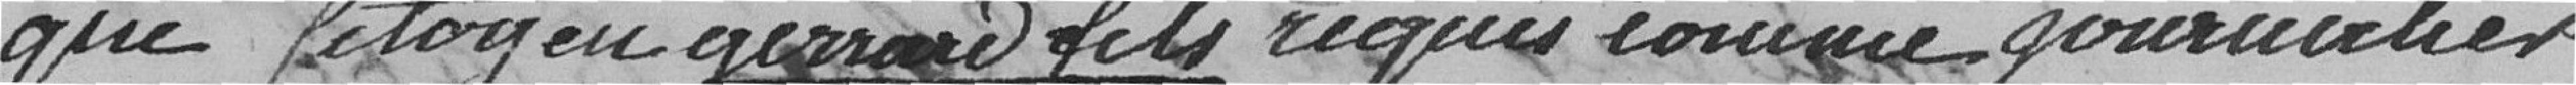
que le citoyen Gerrard fils requis comme journalier